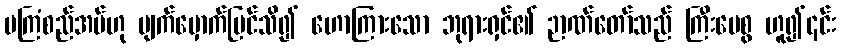
မကြံစည်အပ်ဟု မျက်မှောက်မြင်သိ၍ ဟောကြားသော ဘုရားရှင်၏ ဉာဏ်တော်သည် ကြီးပေစွ ဟူ၍၎င်း